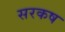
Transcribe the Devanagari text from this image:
सरकष